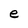
Character: e